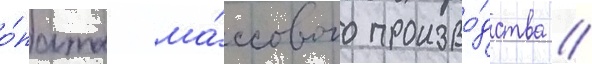
о́пыта ма́ссового произво́дства //